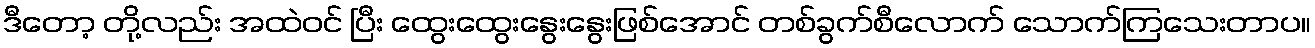
ဒီတော့ တို့လည်း အထဲဝင် ပြီး ထွေးထွေးနွေးနွေးဖြစ်အောင် တစ်ခွက်စီလောက် သောက်ကြသေးတာပ။